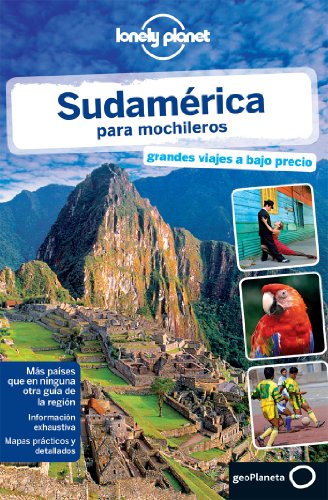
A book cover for Lonely Planet Sudamerica para Mochileros (Travel Guide) (Spanish Edition); Lonely Planet; Travel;